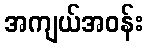
အကျယ်အဝန်း